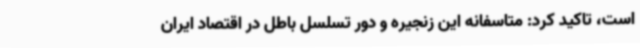
است، تاکید کرد: متاسفانه این زنجیره و دور تسلسل باطل در اقتصاد ایران